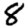
Digit: 8